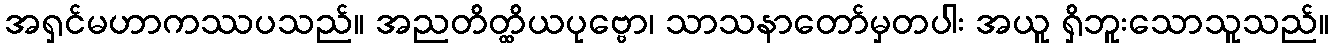
အရှင်မဟာကဿပသည်။ အညတိတ္ထိယပုဗ္ဗော၊ သာသနာတော်မှတပါး အယူ ရှိဘူးသောသူသည်။